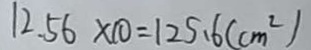
1 2 . 5 6 \times 1 0 = 1 2 5 . 6 ( c m ^ { 2 } )